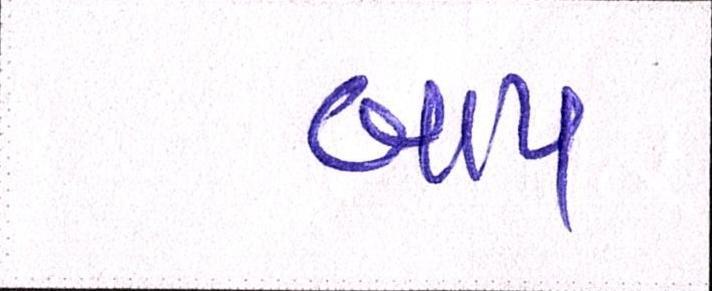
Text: બાપ